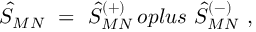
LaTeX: { \hat { \cal S } } _ { M N } \ = \ { \hat { \cal S } } _ { M N } ^ { ( + ) } \, o p l u s \ { \hat { \cal S } } _ { M N } ^ { ( - ) } \ ,